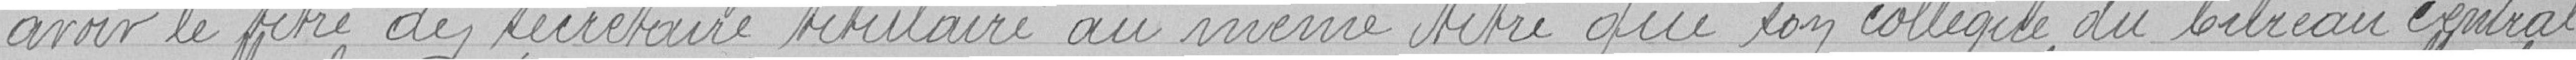
avoir le titre de secrétaire titulaire au même titre que son collègue du bureau central.